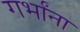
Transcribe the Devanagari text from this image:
गर्भांना